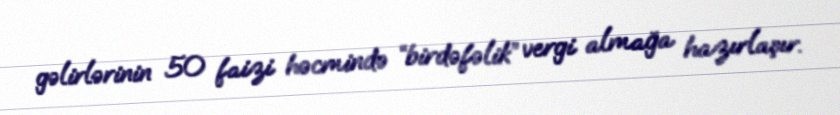
gəlirlərinin 50 faizi həcmində “birdəfəlik” vergi almağa hazırlaşır.